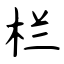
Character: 栏